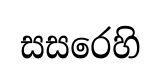
සසරෙහි